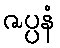
ဇပ္ပနံ